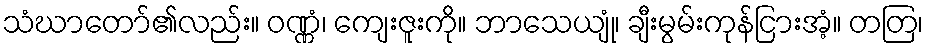
သံဃာတော်၏လည်း။ ဝဏ္ဏံ၊ ကျေးဇူးကို။ ဘာသေယျုံ၊ ချီးမွမ်းကုန်ငြားအံ့။ တတြ၊